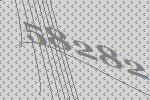
58282